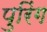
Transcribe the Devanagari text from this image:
पुरिंग